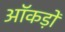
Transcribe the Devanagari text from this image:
ऑकड़ों